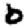
Digit: 0